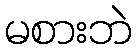
မစားဘဲ